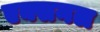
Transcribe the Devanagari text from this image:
एक्सनल